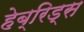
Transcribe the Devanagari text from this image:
हेब्रिड्स